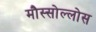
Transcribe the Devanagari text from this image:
मौस्सोल्लोस